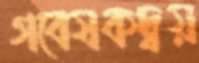
গবেষকদ্বয়